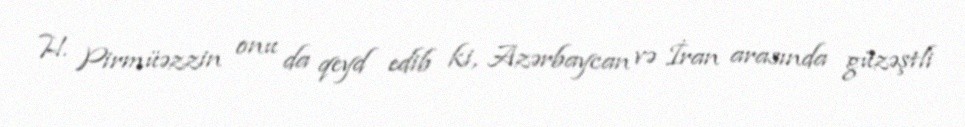
H. Pirmüəzzin onu da qeyd edib ki, Azərbaycan və İran arasında güzəştli